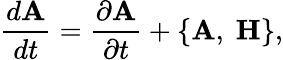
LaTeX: {\frac{d{\mathbf A}}{dt}}={\frac{\partial{\mathbf A}}{\partial t}}+\{ {\mathbf A},~{\mathbf H}\} ,